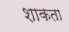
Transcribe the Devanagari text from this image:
शाकता